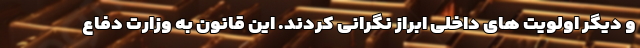
و دیگر اولویت های داخلی ابراز نگرانی کردند. این قانون به وزارت دفاع